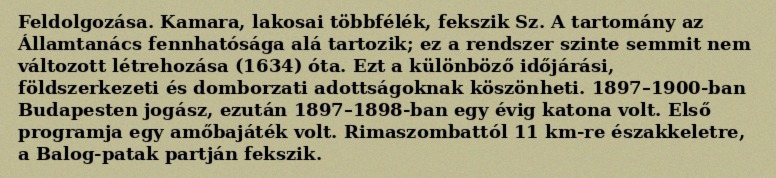
Feldolgozása. Kamara, lakosai többfélék, fekszik Sz. A tartomány az Államtanács fennhatósága alá tartozik; ez a rendszer szinte semmit nem változott létrehozása (1634) óta. Ezt a különböző időjárási, földszerkezeti és domborzati adottságoknak köszönheti. 1897–1900-ban Budapesten jogász, ezután 1897–1898-ban egy évig katona volt. Első programja egy amőbajáték volt. Rimaszombattól 11 km-re északkeletre, a Balog-patak partján fekszik.